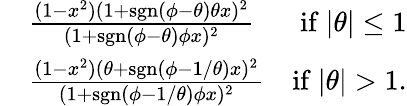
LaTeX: \begin{array}{rlr}&{\frac{(1-x^{2})(1+\mathrm{sgn}(\phi-\theta)\theta x)^{2}}{(1+\mathrm{sgn}(\phi-\theta)\phi x)^{2}}}&{\mathrm{if}~\vert\theta\vert\le 1}\\ &{\frac{(1-x^{2})(\theta+\mathrm{sgn}(\phi-1/\theta)x)^{2}}{(1+\mathrm{sgn}(\phi-1/\theta)\phi x)^{2}}}&{\mathrm{if}~\vert\theta\vert>1.}\end{array}